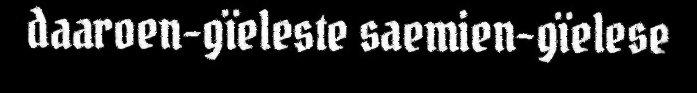
daaroen-gïeleste saemien-gïelese